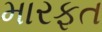
મારફત